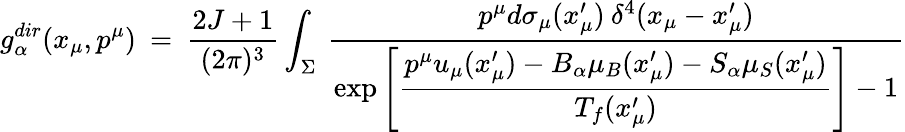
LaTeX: g_{\alpha}^{dir}(x_{\mu},p^{\mu})\: =\: \frac{2J+1}{(2\pi)^{3}}\int_{\Sigma}\: \frac{p^{\mu}d\sigma_{\mu}(x_{\mu}^{\prime})\: \delta^{4}(x_{\mu}-x_{\mu}^{\prime})}{\exp\left[\displaystyle{\frac{p^{\mu}u_{\mu}(x_{\mu}^{\prime})-B_{\alpha}\mu_{B}(x_{\mu}^{\prime})-S_{\alpha}\mu_{S}(x_{\mu}^{\prime})}{T_{f}(x_{\mu}^{\prime})}}\right]-1}